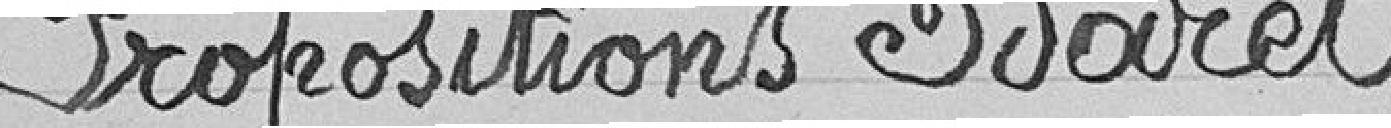
Propositions Baret